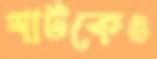
শার্টকেও